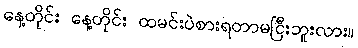
နေ့တိုင်း နေ့တိုင်း ထမင်းပဲစားရတာမငြီးဘူးလား။